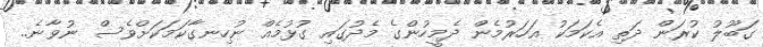
ގަބޫލު ކުރަން ދަތި އެކަމަކު އަހަރުމެން ދެމީހުންގެ މެދުގައި ގުޅުމެއް ނުހިނގާކަމަކަށްވެސް ނުވާނެ..